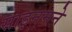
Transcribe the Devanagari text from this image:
साइनमने